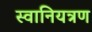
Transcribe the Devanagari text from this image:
स्वानियत्रण